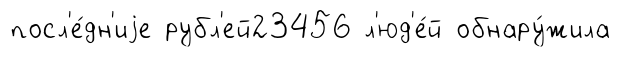
посл'е́дн'иjе рубл'ей23456 л'юд'е́й обнару́жила